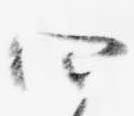
四